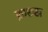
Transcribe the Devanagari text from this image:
फ़ारूख